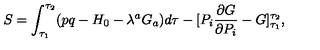
S = \int _ { \tau _ { 1 } } ^ { \tau _ { 2 } } ( p q - H _ { 0 } - \lambda ^ { a } G _ { a } ) d \tau - [ P _ { i } \frac { \partial G } { \partial P _ { i } } - G ] _ { \tau _ { 1 } } ^ { \tau _ { 2 } } ,